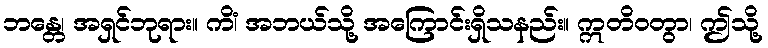
ဘန္တေ၊ အရှင်ဘုရား။ ကိံ၊ အဘယ်သို့ အကြောင်းရှိသနည်း။ ဣတိဝတွာ၊ ဤသို့